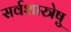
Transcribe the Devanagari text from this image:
सर्वशास्त्रेषु